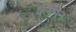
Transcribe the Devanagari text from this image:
क्लोपेन